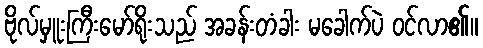
ဗိုလ်မှူးကြီးမော်ရိုးသည် အခန်းတံခါး မခေါက်ပဲ ဝင်လာ၏။